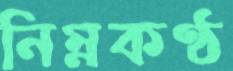
নিম্নকণ্ঠ